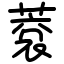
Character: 蔉